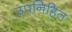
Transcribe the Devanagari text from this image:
उपनिहित